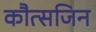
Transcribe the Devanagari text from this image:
कौत्सजिन